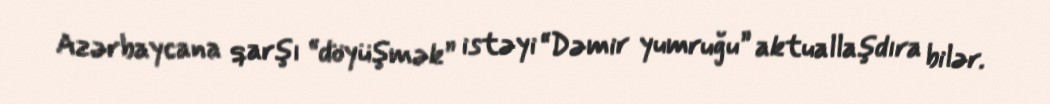
Azərbaycana qarşı “döyüşmək” istəyi “Dəmir yumruğu” aktuallaşdıra bilər.